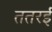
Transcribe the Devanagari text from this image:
ततरई